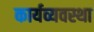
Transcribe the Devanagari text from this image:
कार्यव्यवस्था